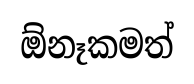
ඕනෑකමත්